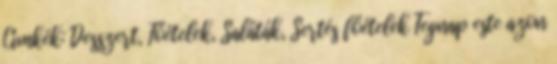
Címkék: Desszert, Főételek, Saláták, Sertés főételek Tegnap este azon